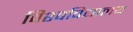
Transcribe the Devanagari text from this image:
विश्‍वविद्यालय